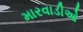
મારવાડીઓ